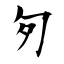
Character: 匇